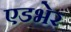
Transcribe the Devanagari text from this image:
एडभेर